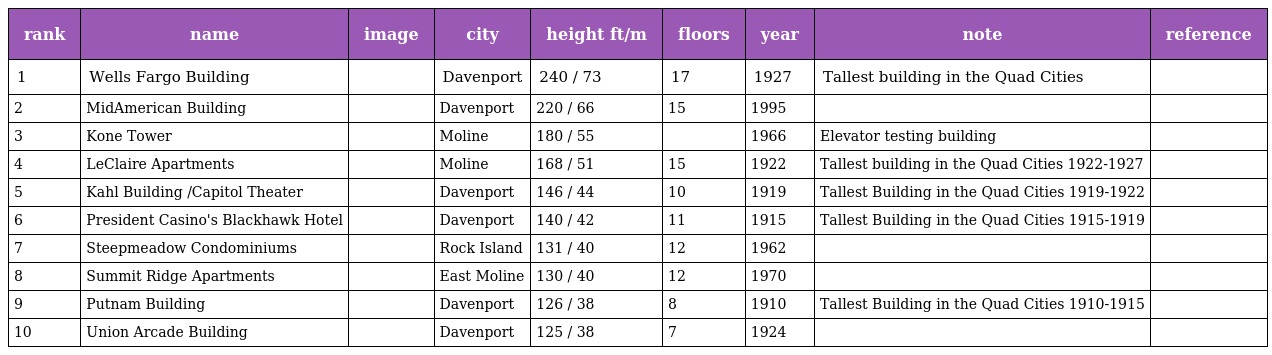
| rank | name | image | city | height ft/m | floors | year | note | reference |
 | --- | --- | --- | --- | --- | --- | --- | --- | --- |
 | 1 | Wells Fargo Building |  | Davenport | 240 / 73 | 17 | 1927 | Tallest building in the Quad Cities |  |
 | 2 | MidAmerican Building |  | Davenport | 220 / 66 | 15 | 1995 |  |  |
 | 3 | Kone Tower |  | Moline | 180 / 55 |  | 1966 | Elevator testing building |  |
 | 4 | LeClaire Apartments |  | Moline | 168 / 51 | 15 | 1922 | Tallest building in the Quad Cities 1922-1927 |  |
 | 5 | Kahl Building /Capitol Theater |  | Davenport | 146 / 44 | 10 | 1919 | Tallest Building in the Quad Cities 1919-1922 |  |
 | 6 | President Casino's Blackhawk Hotel |  | Davenport | 140 / 42 | 11 | 1915 | Tallest Building in the Quad Cities 1915-1919 |  |
 | 7 | Steepmeadow Condominiums |  | Rock Island | 131 / 40 | 12 | 1962 |  |  |
 | 8 | Summit Ridge Apartments |  | East Moline | 130 / 40 | 12 | 1970 |  |  |
 | 9 | Putnam Building |  | Davenport | 126 / 38 | 8 | 1910 | Tallest Building in the Quad Cities 1910-1915 |  |
 | 10 | Union Arcade Building |  | Davenport | 125 / 38 | 7 | 1924 |  |  |